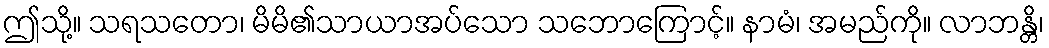
ဤသို့။ သရသတော၊ မိမိ၏သာယာအပ်သော သဘောကြောင့်။ နာမံ၊ အမည်ကို။ လာဘန္တိ၊